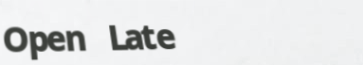
Open Late